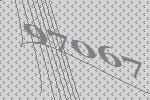
97067